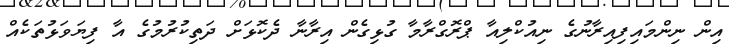
އިން ނިންމައިފިއިރާނުގެ ނިއުކްލިއާ ޕްރޮގްރާމާ ގުޅިގެން އިރާނާ ދެކޮޅަށް ދަތިކުރުމުގެ އާ ފިޔަވަޅުތަކެއް